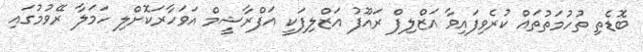
ބޮޑެތި ތުހުމަތުތައް ކުރެވިފައިވާ އަޒްލިފް ރައޫފު އަޒްލިފަކީ އަފްރާޝީމް އަވަހާރަކޮށްލި ހަމަލާ ރޭވުމުގައި